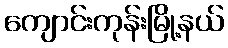
ကျောင်းကုန်းမြို့နယ်